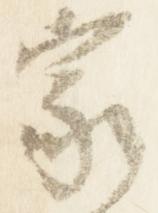
家